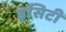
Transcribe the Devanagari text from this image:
इसिटी